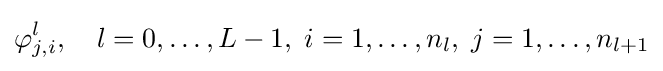
\varphi _{j,i}^{l},\quad l=0,\dots ,L-1,\;i=1,\dots ,n_{l},\;j=1,\dots ,n_{l+1}